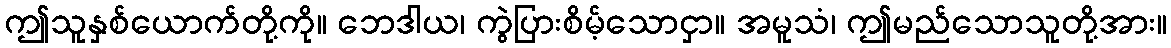
ဤသူနှစ်ယောက်တို့ကို။ ဘေဒါယ၊ ကွဲပြားစိမ့်သောငှာ။ အမူသံ၊ ဤမည်သောသူတို့အား။